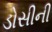
ડોસીની